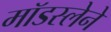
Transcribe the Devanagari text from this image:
मॉडस्लेने